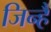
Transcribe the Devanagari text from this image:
जिन्है